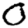
Digit: 0